Vaccination in Burma 1912-1922 - 1912-1922
Year: 1912
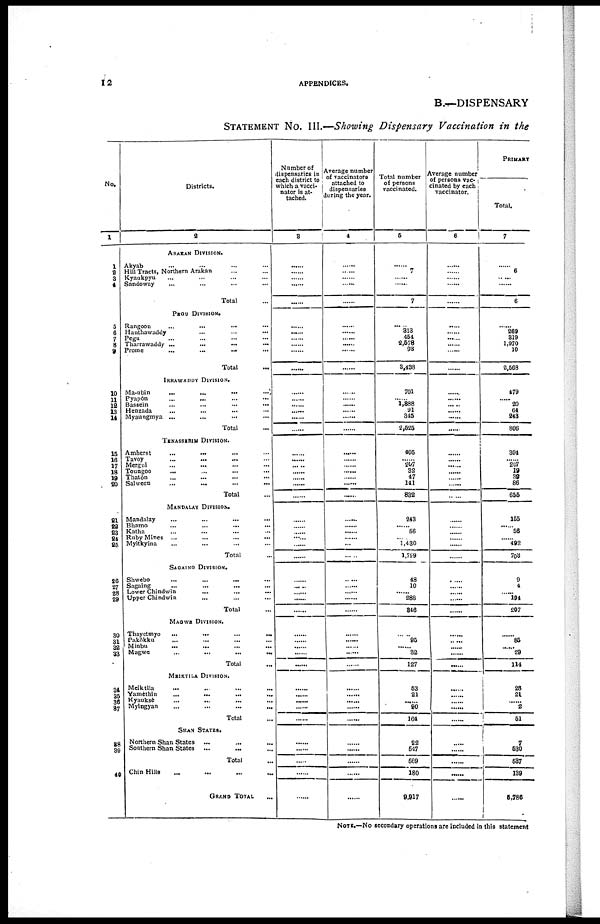
12
APPENDICES.
B.—DISPENSARY
STATEMENT No. III.—Showing Dispensary Vaccination in the
No.
1
1
2
3
4
5
6
7
8
9
10
11
12
13
14
15
16
17
18
19
20
21
22 23
24
25
26
27
28
29
30
31
32
33
34
35
36
37
38
39
40
Districts.
2
ARAKAN DIVISION.
Akyab ... ... ... ...
Hill Tracts, Northern Arakan ... ...
Kyaukpyu ... ... ... ...
Sandoway ... ... ... ...
Total ...
PEGU DIVISION.
Rangoon
...
...
... ... ...
Hanthawaddy ... ... ...
Pegu ... ... ... ...
Tharrawaddy ... ... ... ...
Prome
...
... ... ...
Total ...
IRRAWADDY DIVISION.
Ma-ubin
...
...
...
...
Pyapôn
...
... ... ...
Bassein
...
...
...
...
Henzada
...
...
...
...
Myaungmya ... ... ... ...
Total ...
TENASSERIM DIVISION.
Amherst
... ... ... ...
Tavoy ... ... ... ...
Mergui ... ... ... ...
Toungoo
...
...
...
...
Thatôn ... ... ... ...
Salween
...
...
...
...
Total ...
MANDALAY DIVISION.
Mandalay ... ... ... ...
Bhamo ... ... ... ...
Katha ... ... ... ...
Ruby Mines ... ... ... ...
Myitkyina ... ... ... ...
Total ...
SAGAING DIVISION.
Shwebo
...
...
...
...
Sagaing ... ... ... ...
Lower Chindwin ... ... ...
Upper Chindwin ... ... ...
Total ...
MAGWE DIVISION.
Thayctmyo
...
...
...
...
Pakôkku ... ... ... ...
Minbu
...
...
...
...
Magwe
...
...
...
...
Total ...
MEIKTILA DIVISION.
Meiktila ... ... ... ...
Yamèthin ... ... ... ...
Kyauksè
...
...
...
...
Myingyan
...
...
...
...
Total ...
SHAN STATES.
Northern Shan States ... ... ...
Southern Shan States ... ... ...
Total ...
Chin Hills ... ... ... ...
GRAND TOTAL
...
Number of
dispensaries in
each district to
which a vacci-
nator is at-
tached.
3
......
......
......
......
......
......
......
......
......
......
......
......
......
......
......
......
......
......
......
.....
......
......
......
......
......
......
......
......
......
......
......
......
......
......
......
......
......
......
......
......
......
......
......
......
......
......
......
......
......
......
Average number
of vaccinators
attached to
dispensaries
during the year.
4
......
......
...... ......
......
......
...... ......
......
......
......
......
......
......
......
......
......
......
......
......
......
......
......
......
......
......
......
......
...
......
......
......
......
......
......
......
......
......
......
......
......
......
......
......
......
......
......
......
......
Total number
of persons
vaccinated.
5
......
7
......
......
7
313
454
2,578
93
3,438
701
......
1,388
91
345
2,525
405
207
32
47
141
832
243
......
56
......
1,430
1,729
48
10
......
288
346
......
95
......
32
127
53
21
......
90
164
22
547
569
180
9,917
Average number
of persons vac¬
cinated by each
vaccinator.
6
......
......
......
......
......
.....
...... ......
......
......
......
......
......
......
......
......
......
......
......
......
......
......
......
......
......
......
......
......
......
......
......
......
......
......
......
......
......
......
......
......
......
......
......
......
......
......
......
......
......
......
PRIMARY
Total.
7
......
6
......
......
6
......
269
319
1,970
10
2,568
479
......
20
64
243
806
304
207
19
39
86
655
155
......
56
......
492
703
9
4
......
194
207
......
85
......
29
114
28
21
......
2
51
7
530
537
139
5,786
NOTE.—No secondary operations are included in this statement